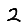
Digit: 2